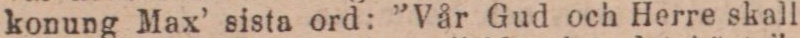
konung Max’ sista ord: ”Vår Gud och Herre skall